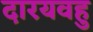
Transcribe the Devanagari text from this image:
दारयवहु